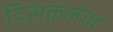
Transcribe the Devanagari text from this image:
डिसकनेक्ट